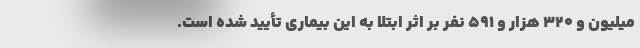
میلیون و ۳۲۰ هزار و ۵۹۱ نفر بر اثر ابتلا به این بیماری تأیید شده است.